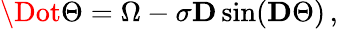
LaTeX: \begin{array}{r}{\Dot{\Theta}=\Omega-\sigma\mathbf{D}\sin(\mathbf{D}\Theta)\, ,}\end{array}